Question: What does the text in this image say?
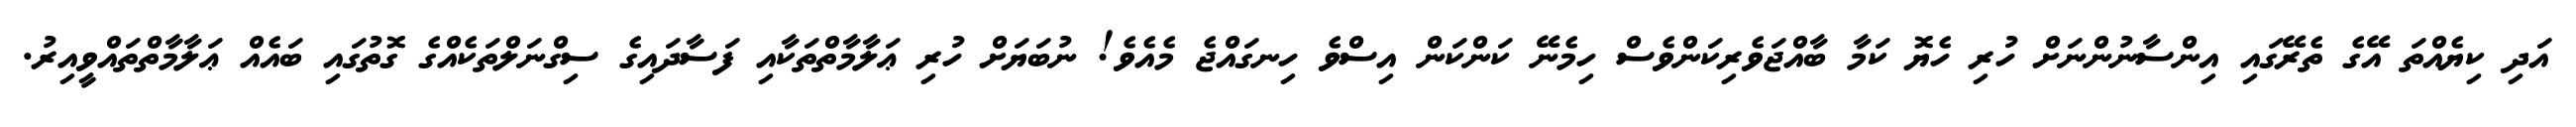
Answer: އަދި ކިޔެއްތަ އޭގެ ތެރޭގައި އިންސާނުންނަށް ހުރި ހެޔޮ ކަމާ ބާއްޖަވެރިކަންވެސް ހިމެނޭ ކަންކަން އިސްވެ ހިނގައްޖެ މެއެވެ! ނުބަޔަށް ހުރި ޢަލާމާތްތަކާއި ފަސާދައިގެ ސިގްނަލްތަކެއްގެ ގޮތުގައި ބައެއް ޢަލާމާތްތައްވީއިރު.